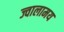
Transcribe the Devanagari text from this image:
ज्वालामय